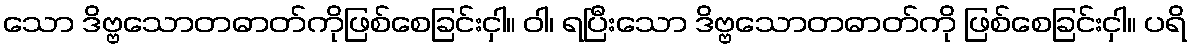
သော ဒိဗ္ဗသောတဓာတ်ကိုဖြစ်စေခြင်းငှါ။ ဝါ၊ ရပြီးသော ဒိဗ္ဗသောတဓာတ်ကို ဖြစ်စေခြင်းငှါ။ ပရိ